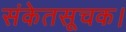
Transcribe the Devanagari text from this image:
संकेतसूचक।